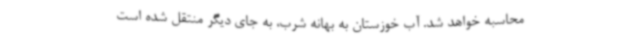
محاسبه خواهد شد. آب خوزستان به بهانه شرب، به جای دیگر منتقل شده است